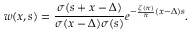
w ( x , s ) = \frac { \sigma ( s + x - \Delta ) } { \sigma ( x - \Delta ) \sigma ( s ) } e ^ { - \frac { \zeta ( \pi ) } { \pi } ( x - \Delta ) s } . \nonumber